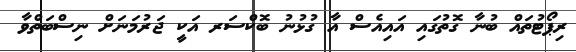
ރިޕޯޓުތައް ބުނާ ގޮތުގައި އައިއެސް އާ ގުޅުނު ބޮކްސަރ އަކީ ޖަރުމަނަށް ނިސްބަތްވާ